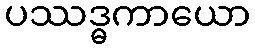
ပဿဒ္ဓကာယော